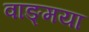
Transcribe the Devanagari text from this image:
वाङ्मया